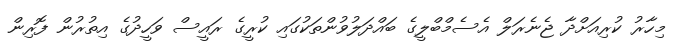
މިހާރު ކުރިއަށްދާ ޖެނެރަލް އެސެމްބްލީގެ ބައްދަލުވުންތަކުގައި ކުރީގެ ރައީސް ވަހީދުގެ އިތުރުން ފޮރިން